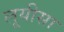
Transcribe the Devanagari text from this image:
लूयीसा